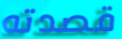
قصدته